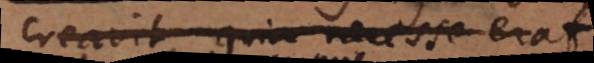
creavit, quia necesse erat